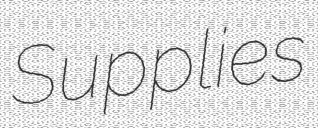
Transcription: Supplies